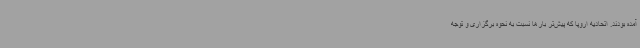
آمده بودند. اتحادیه اروپا که پیش‌تر بارها نسبت به نحوه برگزاری و توجه